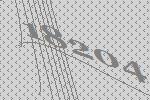
18204